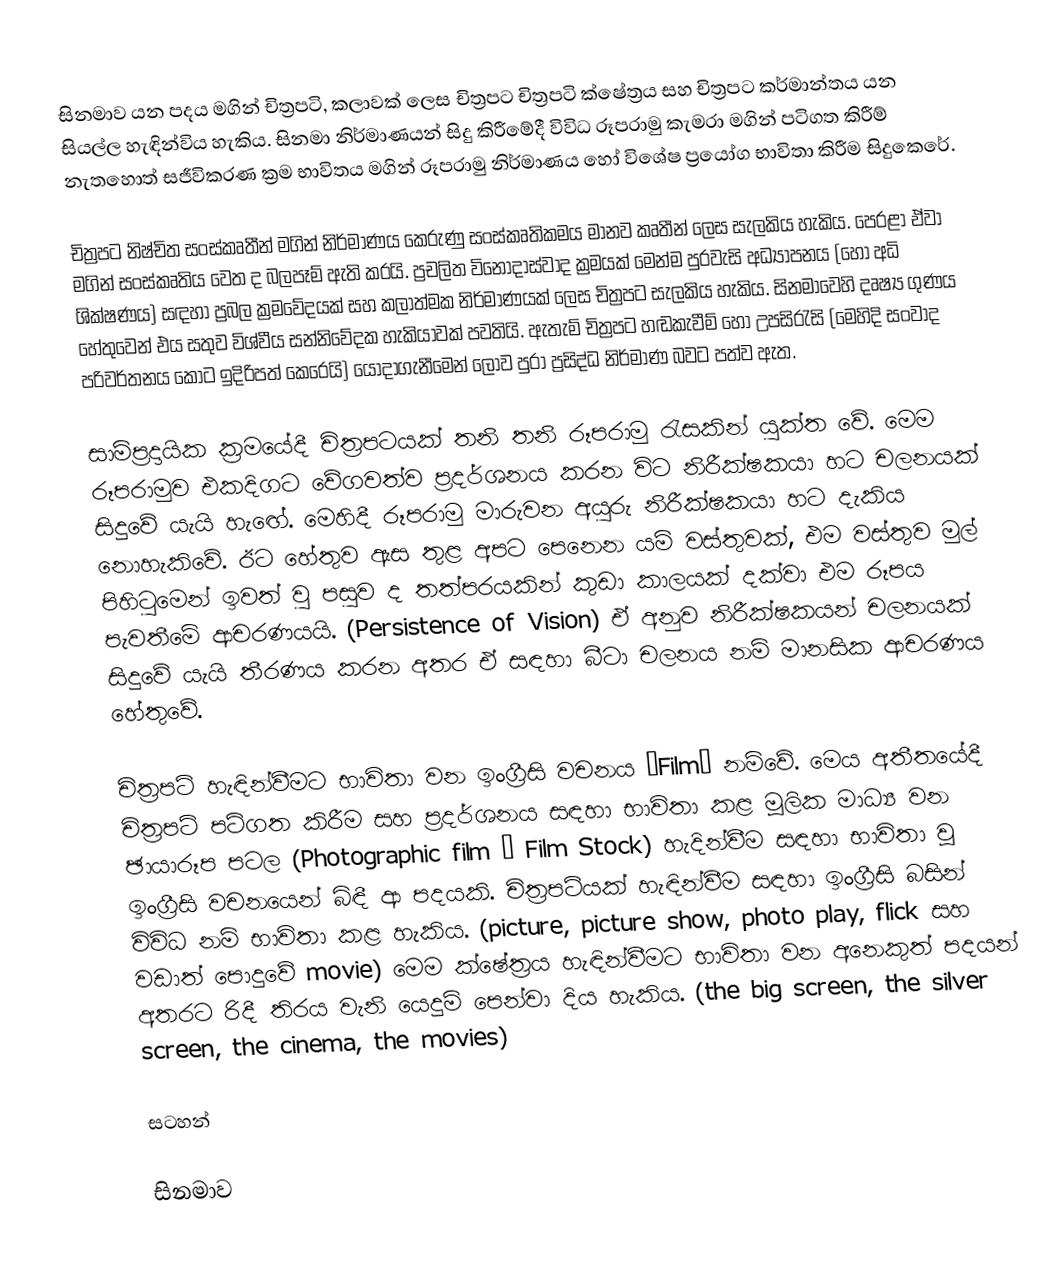
සිනමාව යන පදය මගින් චිත්‍රපටි, කලාවක් ලෙස චිත්‍රපට චිත්‍රපටි ක්ෂේත්‍රය සහ චිත්‍රපට කර්මාන්තය යන සියල්ල හැඳින්විය හැකිය. සිනමා නිර්මාණයන් සිදු කිරීමේදී විවිධ රූපරාමු කැමරා මගින් පටිගත කිරීම් නැතහොත් සජීවිකරණ ක්‍රම භාවිතය මගින් රූපරාමු නිර්මාණය හෝ විශේෂ ප්‍රයෝග භාවිතා කිරීම සිදුකෙරේ.

චිත්‍රපට නිෂ්චිත සංස්කෘතීන් මගින් නිර්මාණය කෙරුණු සංස්කෘතිකමය මානව කෘතීන් ලෙස සැලකිය හැකිය. පෙරළා ඒවා මගින් සංස්කෘතිය වෙත ද බලපෑම් ඇති කරයි. ප්‍රචලිත විනෝදාස්වාද ක්‍රමයක් මෙන්ම පුරවැසි අධ්‍යාපනය (හෝ අධි ශික්ෂණය) සඳහා ප්‍රබල ක්‍රමවේදයක් සහ කලාත්මක නිර්මාණයක් ලෙස චිත්‍රපට සැලකිය හැකිය. සිනමාවෙහි දෘෂ්‍ය ගුණය හේතුවෙන් එය සතුව විශ්වීය සන්නිවේදක හැකියාවක් පවතියි. ඇතැම් චිත්‍රපට හඬකැවීම් හෝ උපසිරැසි (මෙහිදි සංවාද පරිවර්තනය කොට ඉදිරිපත් කෙරෙයි) යොදාගැනීමෙන් ලොව පුරා ප්‍රසිද්ධ නිර්මාණ බවට පත්ව ඇත.

සාම්ප්‍රදායික ක්‍රමයේදී චිත්‍රපටයක් තනි තනි රූපරාමු රැසකින් යුක්ත වේ. මෙම රූපරාමුව එකදිගට වේගවත්ව ප්‍රදර්ශනය කරන විට නිරීක්ෂකයා හට චලනයක් සිදුවේ යැයි හැඟේ. මෙහිදී රූපරාමු මාරුවන අයුරු නිරීක්ෂකයා හට දැකිය නොහැකිවේ. ඊට හේතුව ඇස තුළ අපට පෙනෙන යම් වස්තුවක්, එම වස්තුව මුල් පිහිටුමෙන් ඉවත් වු පසුව ද තත්පරයකින් කුඩා කාලයක් දක්වා එම රූපය පැවතීමේ ආචරණයයි. (Persistence of Vision) ඒ අනුව නිරීක්ෂකයන් චලනයක් සිදුවේ යැයි තීරණය කරන අතර ඒ සඳහා බීටා චලනය නම් මානසික ආචරණය හේතුවේ.

චිත්‍රපටි හැඳින්වීමට භාවිතා වන ඉංග්‍රීසි වචනය “Film” නම්වේ. මෙය අතීතයේදී චිත්‍රපටි පටිගත කිරීම සහ ප්‍රදර්ශනය සඳහා භාවිතා කළ මූලික මාධ්‍ය වන ඡායාරූප පටල (Photographic film – Film Stock) හැදින්වීම සඳහා භාවිතා වූ ඉංග්‍රීසි වචනයෙන් බිඳී ආ පදයකි. චිත්‍රපටියක් හැඳින්වීම සඳහා ඉංග්‍රීසි බසින් විවිධ නම් භාවිතා කළ හැකිය. (picture, picture show, photo play, flick සහ වඩාත් පොදුවේ movie) මෙම ක්ෂේත්‍රය හැඳින්වීමට භාවිතා වන අනෙකුත් පදයන් අතරට රිදී තිරය වැනි යෙදුම් පෙන්වා දිය හැකිය. (the big screen, the silver screen, the cinema, the movies)

සටහන්

සිනමාව